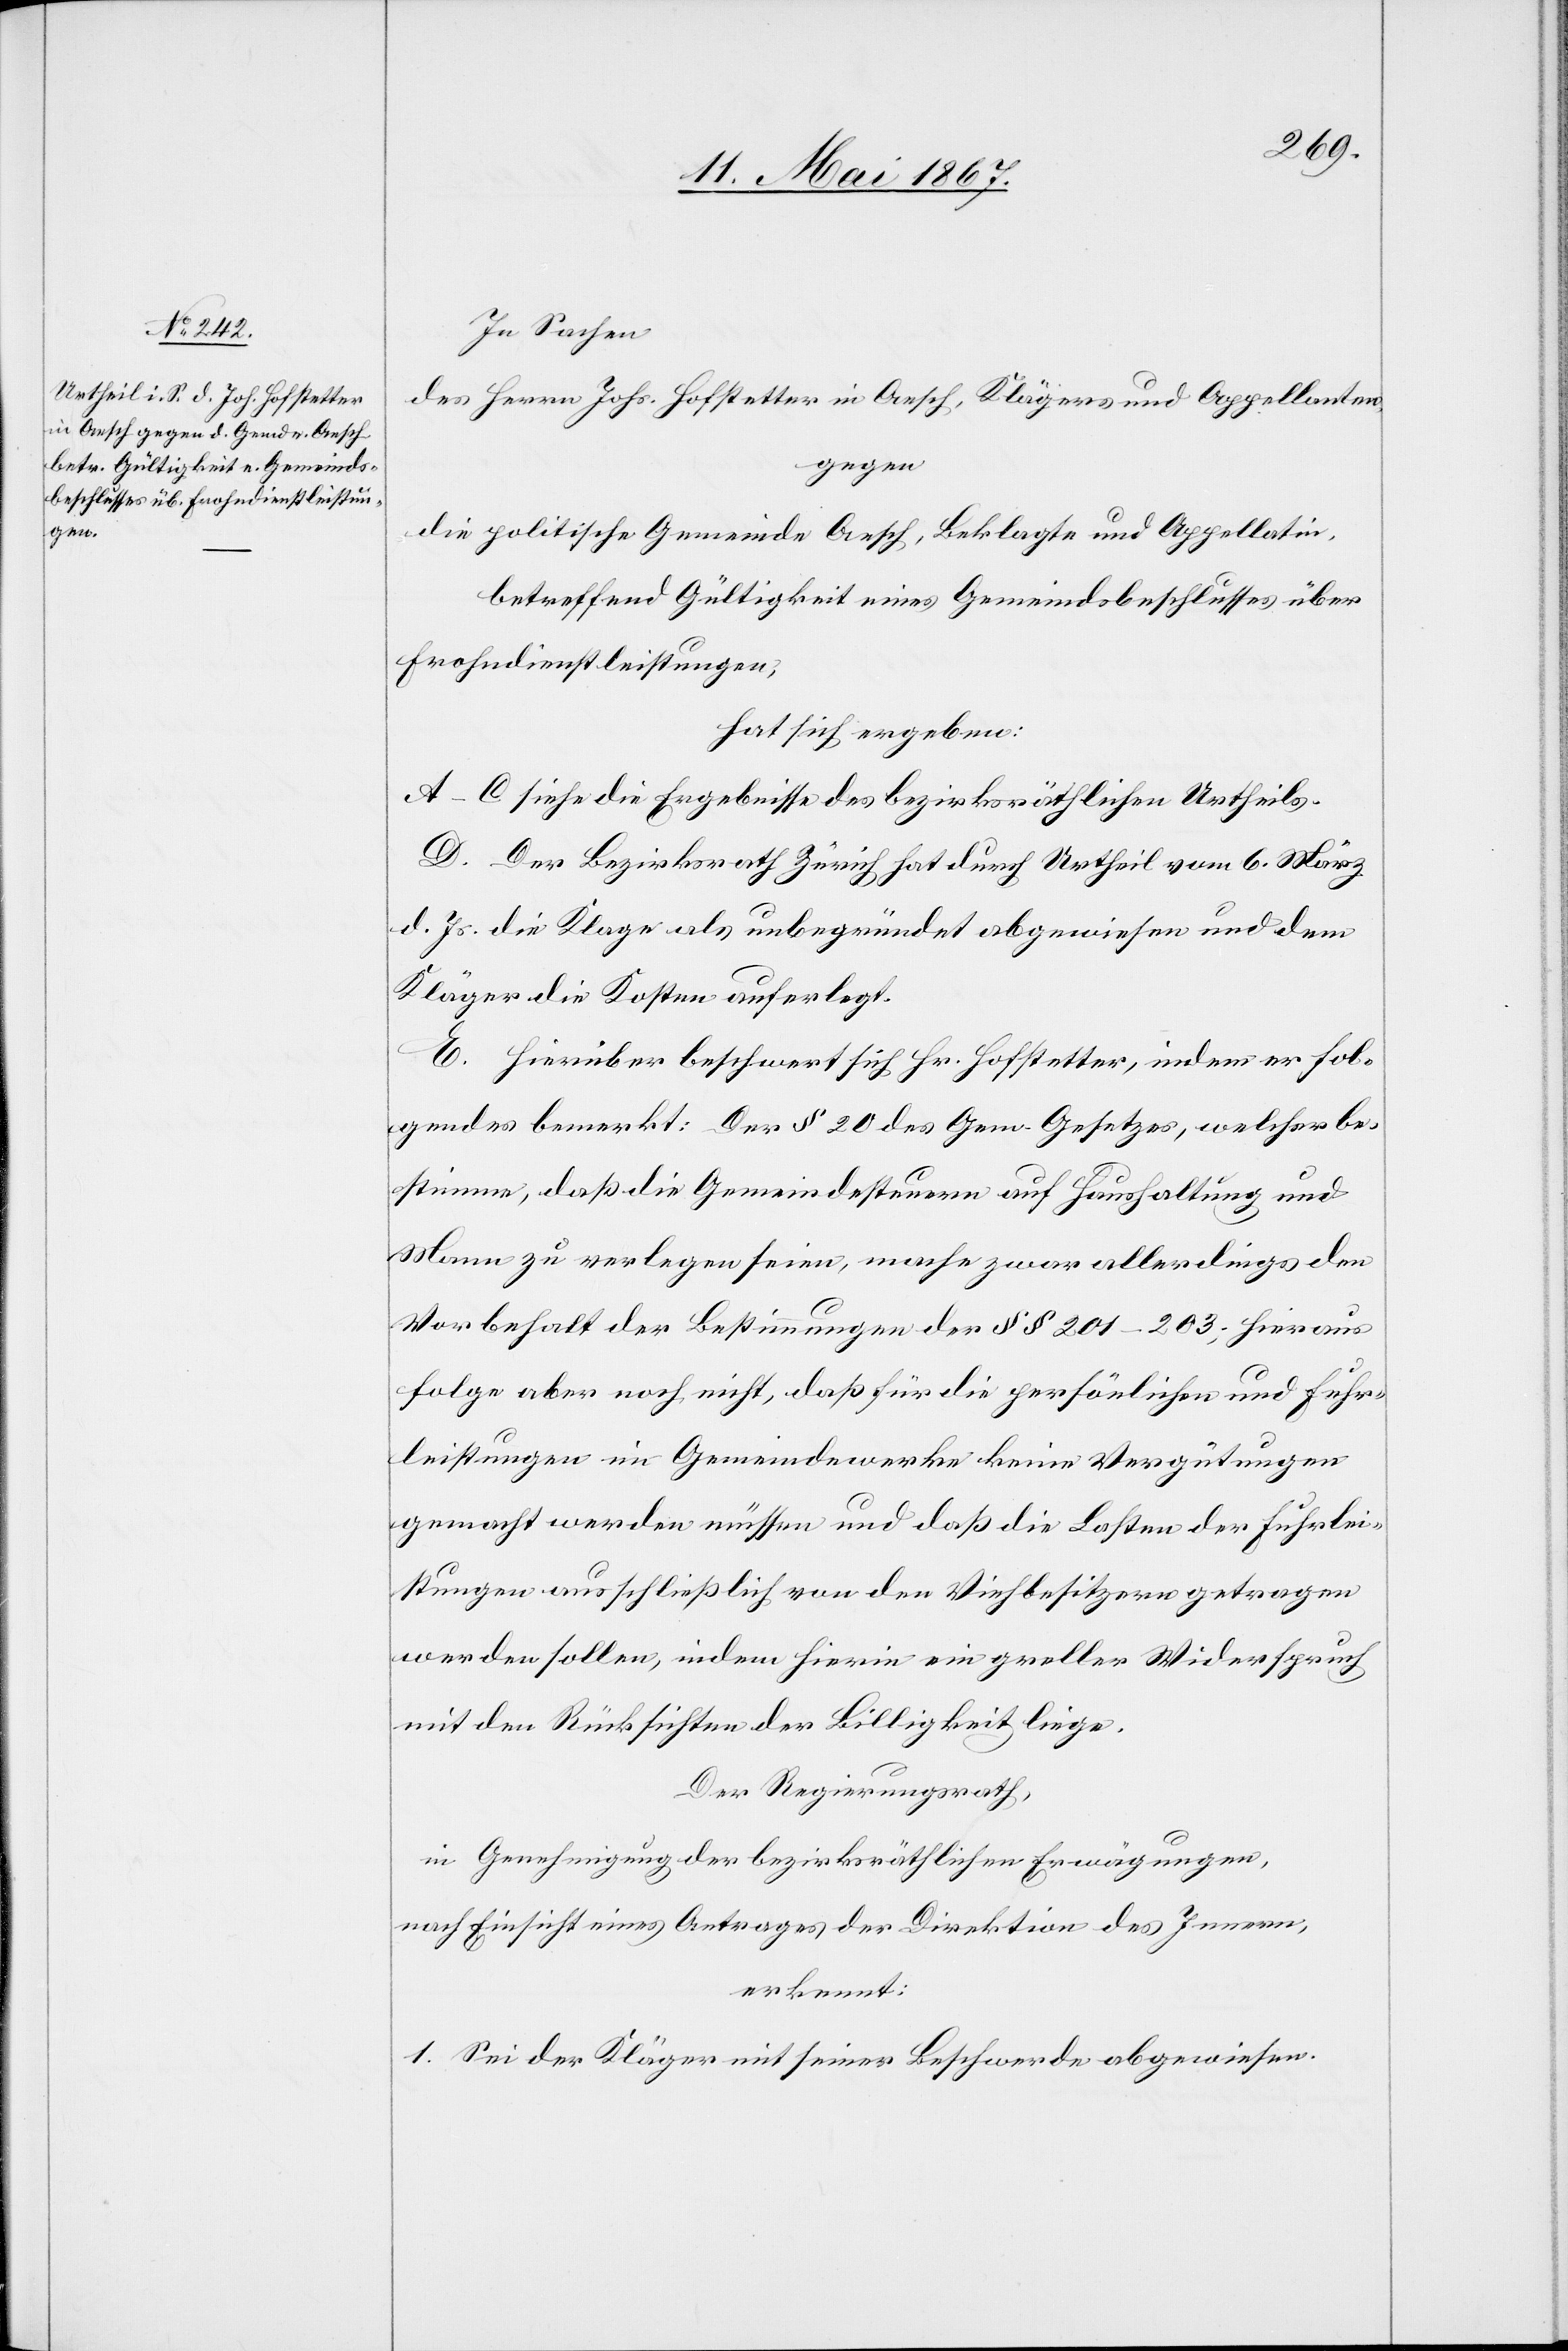
In Sachen
des Herrn. Johs. Hofstetter in Aesch, Klägers und Appellanten
gegen
die politische Gemeinde Aesch, Beklagte und Appellatin,
betreffend Gültigkeit eines Gemeindsbeschlusses über
Frohndienstleistungen,
hat sich ergeben:
A–C. Siehe die Ergebnisse des bezirksräthlichen Urtheils.
D. Der Bezirksrath Zürich hat durch Urtheil vom 6. März
d. Js. die Klage als unbegründet abgewiesen und dem
Kläger die Kosten auferlegt.
E. Hierüber beschwert sich Hr. Hofstetter, indem er fol¬
gendes bemerkt: Der § 20 des Gem. Gesetzes, welches be¬
stimme, daß die Gemeindesteuern auf Haushaltung und
Mann zu verlegen seien, mache zwar allerdings den
Vorbehalt der Bestimmungen des § 201–203; hieraus
folge aber noch nicht, daß für die persönlichen und Fuhr¬
leistungen im Gemeindewerke keine Vergütungen
gemacht werden müssen und daß die Lasten der Fuhrlei¬
stungen ausschließlich von den Viehbesitzern getragen
werden sollen, indem hierin ein greller Widerspruch
mit den Rücksichten der Billigkeit liege.
Der Regierungsrath,
in Genehmigung der bezirksräthlichen Erwägungen,
nach Einsicht eines Antrages der Direktion des Innern,
erkennt:
1. Sei der Kläger mit seiner Beschwerde abgewiesen.